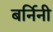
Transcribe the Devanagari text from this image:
बर्निनी